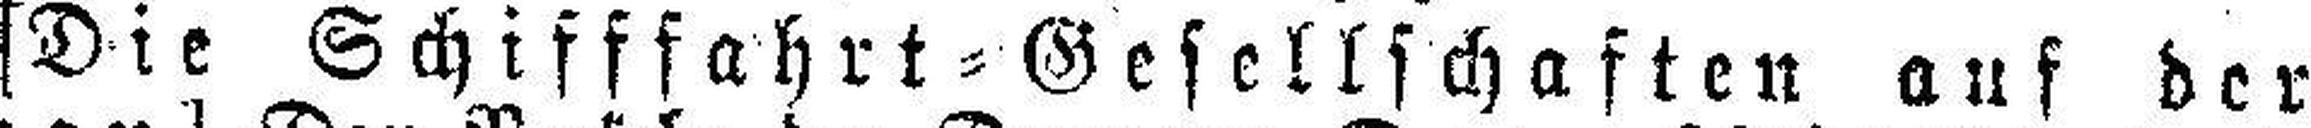
[Die Schifffahrt=Gesellschaften auf der